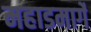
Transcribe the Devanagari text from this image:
महाडमार्गे